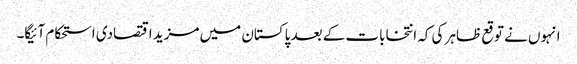
انہوں نے توقع ظاہر کی کہ انتخابات کے بعد پاکستان میں مزید اقتصادی استحکام آئیگا۔